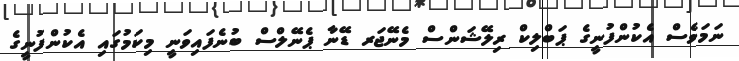
ނަމަވެސް އެކުންފުނީގެ ޕަބްލިކް ރިލޭޝަންސް މެނޭޖަރ ޑޭނާ ޕެނޭލްސް ބުނެފައިވަނީ މިކަމުގައި އެކުންފުނީގެ